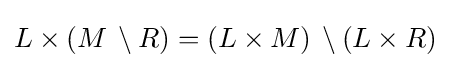
L\times (M\,\setminus R)=(L\times M)\,\setminus (L\times R)